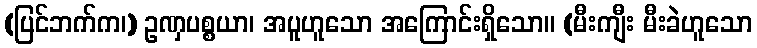
(ပြင်ဘက်က၊) ဥဏှပစ္စယာ၊ အပူဟူသော အကြောင်းရှိသော။ (မီးကျီး မီးခဲဟူသော